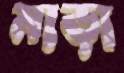
মাড়া